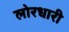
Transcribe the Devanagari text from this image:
लोरधारी